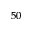
^ { 5 0 }